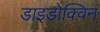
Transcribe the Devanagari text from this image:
डाइडोक्विन